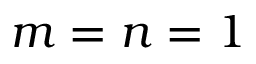
m = n = 1